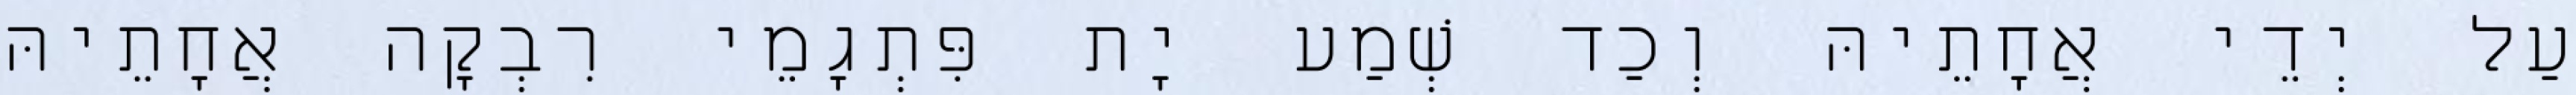
עַל יְדֵי אֲחָתֵיהּ וְכַד שְׁמַע יָת פִּתְגָמֵי רִבְקָה אֲחָתֵיהּ